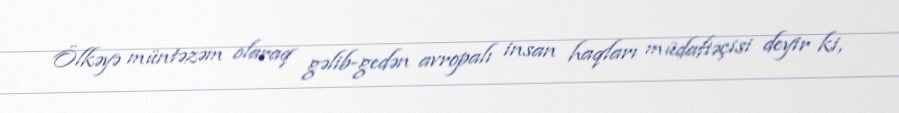
Ölkəyə müntəzəm olaraq gəlib-gedən avropalı insan haqları müdafiəçisi deyir ki,